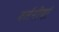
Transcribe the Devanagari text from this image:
वर्तनीयां